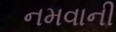
નમવાની